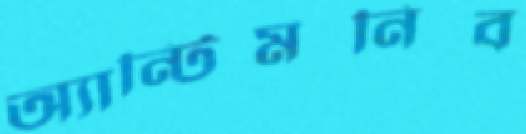
অ্যান্টিমনিব